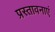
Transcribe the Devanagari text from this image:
प्रस्तावनाएं